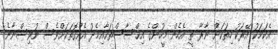
އެކަމަކު އޭރަކު ހިތަކަށް ނާރާ ތީ އެހެން މީހުންގެ އިޙްސާސްތަކާއިމެދު އެއްގޮތަކަށްވެސް ނުވިސްނާނެ